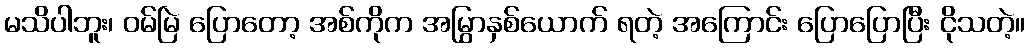
မသိပါဘူး၊ ဝမ်မြဲ ပြောတော့ အစ်ကိုက အမြွှာနှစ်ယောက် ရတဲ့ အကြောင်း ပြောပြောပြီး ငိုသတဲ့။